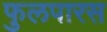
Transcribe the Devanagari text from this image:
फुलपारस